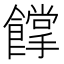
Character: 𩞦